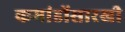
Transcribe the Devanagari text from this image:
कमांडोंसारखी